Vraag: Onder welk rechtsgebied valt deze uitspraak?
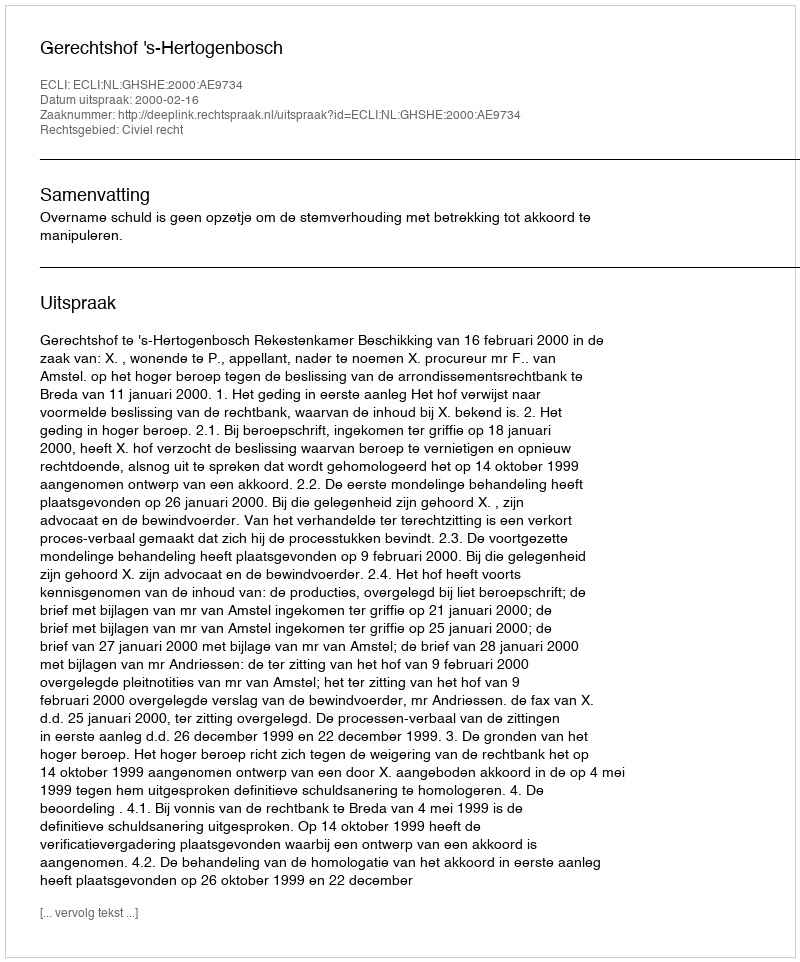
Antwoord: Civiel recht